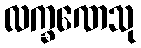
လက္ခဏေသု